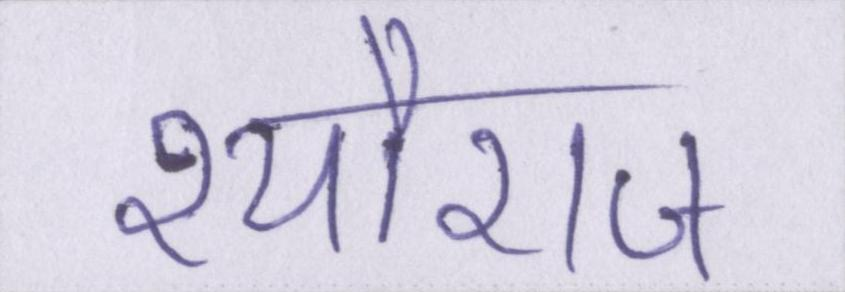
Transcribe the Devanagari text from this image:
श्यौराज